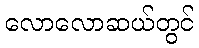
လောလောဆယ်တွင်